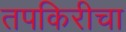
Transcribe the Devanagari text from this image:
तपकिरीचा